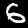
Digit: 6